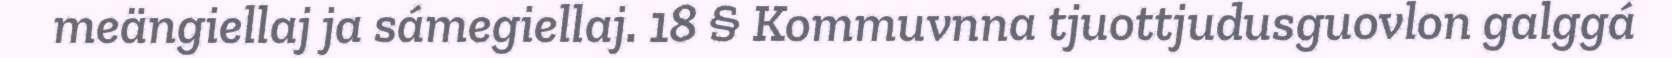
meängiellaj ja sámegiellaj. 18 § Kommuvnna tjuottjudusguovlon galggá